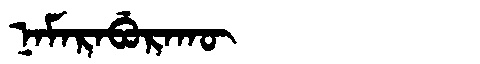
Manchu: ᠨᠠᠮᠠᡵᠠᠪᡠᡵᠠᡴᡡ
Romanization: NAMARABURAKŪ